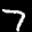
Label: 7